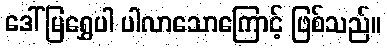
ဒေါ်မြရွှေပါ ပါလာသောကြောင့် ဖြစ်သည်။